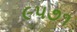
૯૫૭૧